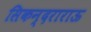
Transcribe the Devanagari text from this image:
सिकन्‍दराराऊ